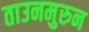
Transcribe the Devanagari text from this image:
ताउनमुरुन